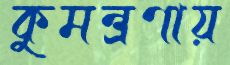
কুমন্ত্রণায়